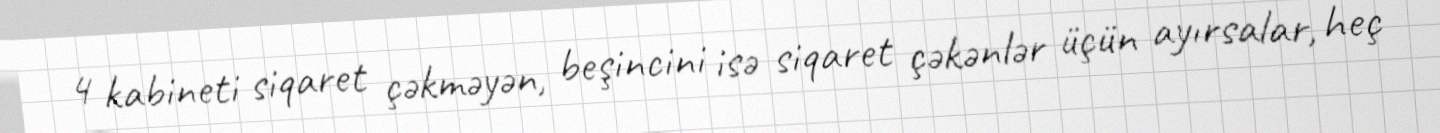
4 kabineti siqaret çəkməyən, beşincini isə siqaret çəkənlər üçün ayırsalar, heç